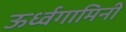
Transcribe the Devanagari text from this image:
ऊर्ध्वगामिनी